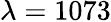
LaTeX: \lambda=1073